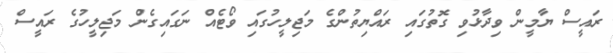
ރައީސް ޔާމީން ވިދާޅުވި ގޮތުގައި ރައްޔިތުންގެ މަޖިލީހުގައި ވޯޓެއް ނަގައިގެން މަޖިލީހުގެ ރައީސް